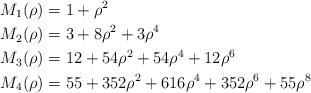
LaTeX: \begin{align*} M_1(\rho) &= 1+\rho^2 \\ M_2(\rho) &= 3+8\rho^2+3\rho^4 \\ M_3(\rho) &= 12 + 54 \rho^2 + 54 \rho^4 + 12 \rho^6 \\ M_4(\rho) &= 55 + 352\rho^2 + 616 \rho^4 +352 \rho^6 + 55 \rho^8 \end{align*}